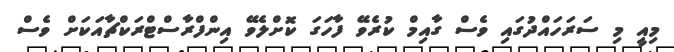
މިއީ މި ސަރަހައްދުގައި ވެސް ގާއިމް ކުރެވޭ ފާހަގަ ކޮށްލެވޭ އިންފްރާސްޓްރަކްޗާއަކަށް ވެސް